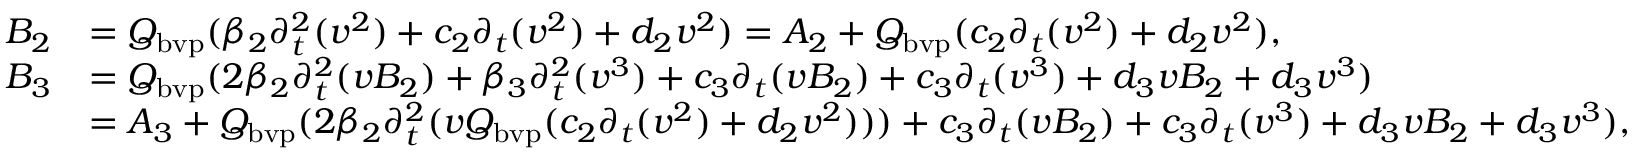
\begin{array} { r l } { B _ { 2 } } & { = Q _ { \mathrm { b v p } } ( \beta _ { 2 } \partial _ { t } ^ { 2 } ( v ^ { 2 } ) + c _ { 2 } \partial _ { t } ( v ^ { 2 } ) + d _ { 2 } v ^ { 2 } ) = A _ { 2 } + Q _ { \mathrm { b v p } } ( c _ { 2 } \partial _ { t } ( v ^ { 2 } ) + d _ { 2 } v ^ { 2 } ) , } \\ { B _ { 3 } } & { = Q _ { \mathrm { b v p } } ( 2 \beta _ { 2 } \partial _ { t } ^ { 2 } ( v B _ { 2 } ) + \beta _ { 3 } \partial _ { t } ^ { 2 } ( v ^ { 3 } ) + c _ { 3 } \partial _ { t } ( v B _ { 2 } ) + c _ { 3 } \partial _ { t } ( v ^ { 3 } ) + d _ { 3 } v B _ { 2 } + d _ { 3 } v ^ { 3 } ) } \\ & { = A _ { 3 } + Q _ { \mathrm { b v p } } ( 2 \beta _ { 2 } \partial _ { t } ^ { 2 } ( v Q _ { \mathrm { b v p } } ( c _ { 2 } \partial _ { t } ( v ^ { 2 } ) + d _ { 2 } v ^ { 2 } ) ) ) + c _ { 3 } \partial _ { t } ( v B _ { 2 } ) + c _ { 3 } \partial _ { t } ( v ^ { 3 } ) + d _ { 3 } v B _ { 2 } + d _ { 3 } v ^ { 3 } ) , } \end{array}